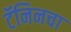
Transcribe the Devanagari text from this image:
टॅनिनचा